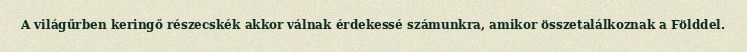
A világűrben keringő részecskék akkor válnak érdekessé számunkra, amikor összetalálkoznak a Földdel.